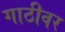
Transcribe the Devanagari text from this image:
गाठीवर